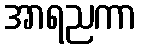
အာရညကာ